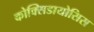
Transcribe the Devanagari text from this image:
कोक्सिडायोसिस